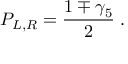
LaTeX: P _ { L , R } = \frac { 1 \mp \gamma _ { 5 } } { 2 } \; .